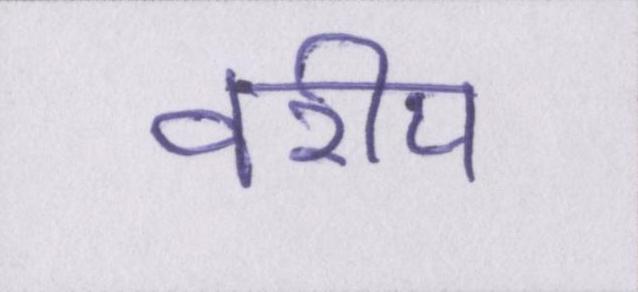
वरीय